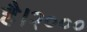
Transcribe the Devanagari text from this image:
है।२०००